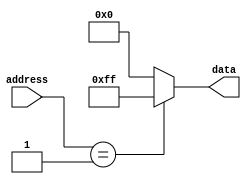
module mask_rom (
    input wire [7:0] address,
    output reg [7:0] data
);

always @(*) begin
    case(address)
        8'h00: data = 8'b00000000; // Address 0 data
        8'h01: data = 8'b11111111; // Address 1 data
        // Add more memory block entries as needed
        default: data = 8'b00000000; // Default data for invalid address
    endcase
end

endmodule